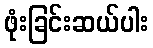
ဖုံးခြင်းဆယ်ပါး